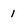
Character: 1